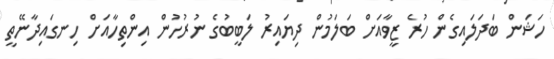
ހަޝަން ބަދަލައިގެން ހުރެ ޒީވާއަށް ބަލަމުން ދިޔައިރު ލަބީބުގެ ނުރުހުން އިންތިހާއަށް ހިނގައިދާނޭތީ